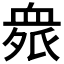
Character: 𲀘